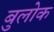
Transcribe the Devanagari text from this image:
बुलोक